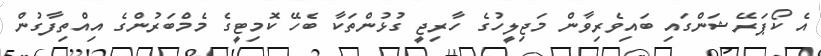
އެ ކޯޕަރޭޝަންގައި ބައިވެރިވާން މަޖިލީހުގެ ހާރިޖީ ގުޅުންތަކާ ބެހޭ ކޮމިޓީގެ މެމްބަރުންގެ އިއްތިފާގުން